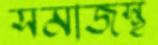
সমাজস্থ